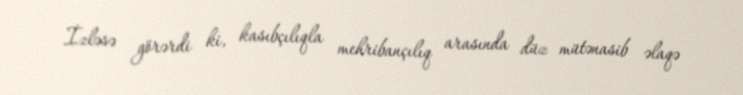
İzləsə görərdi ki, kasıbçılıqla mehribançılıq arasında düz mütənasib əlaqə